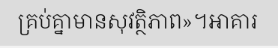
គ្រប់គ្នាមានសុវត្ថិភាព»។អាគារ